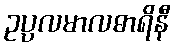
ဥပ္ပလမာလဓာရိနီ